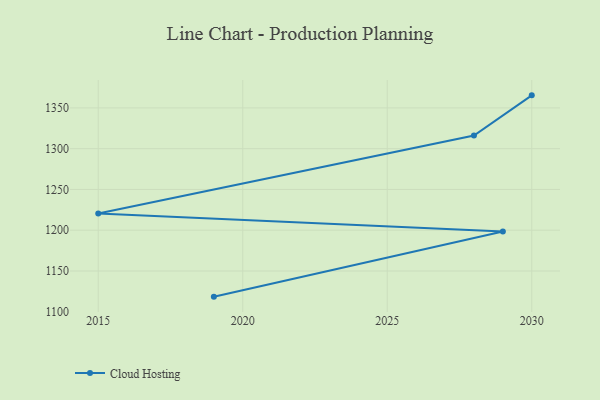
{"axis": {"x": "Year", "y": "Gross Profit (USD K)"}, "legend": ["Cloud Hosting"], "data": [{"x": "2030", "y": 1365.4, "type": "Cloud Hosting"}, {"x": "2028", "y": 1316.2, "type": "Cloud Hosting"}, {"x": "2015", "y": 1220.6, "type": "Cloud Hosting"}, {"x": "2029", "y": 1198.4, "type": "Cloud Hosting"}, {"x": "2019", "y": 1118.5, "type": "Cloud Hosting"}]}